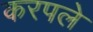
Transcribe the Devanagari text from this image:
करपले